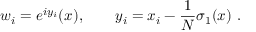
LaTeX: w _ { i } = e ^ { i y _ { i } } ( x ) , \qquad y _ { i } = x _ { i } - \frac 1 N \sigma _ { 1 } ( x ) \ .